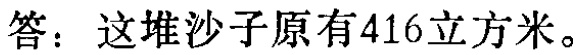
答：这堆沙子原有416立方米。